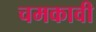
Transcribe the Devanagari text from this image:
चमकावी